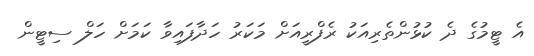
އެ ޓީމުގެ ދެ ކުޅުންތެރިއަކު ރެފްރީއަށް މަކަރު ހަދާފައިވާ ކަމަށް ހަލް ސިޓީން